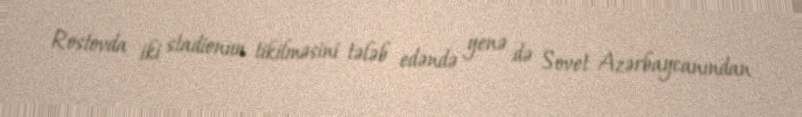
Rostovda iki stadionun tikilməsini tələb edəndə yenə də Sovet Azərbaycanından